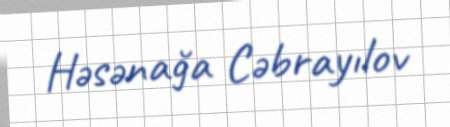
Həsənağa Cəbrayılov